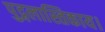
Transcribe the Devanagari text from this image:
पुद्गलास्तिकाय।